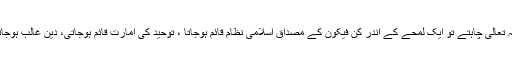
اللہ تعالیٰ چاہتے تو ایک لمحے کے اندر کن فیکون کے مصداق اسلامی نظام قائم ہوجاتا ، توحید کی امارت قائم ہوجاتی، دین غالب ہوجاتا۔